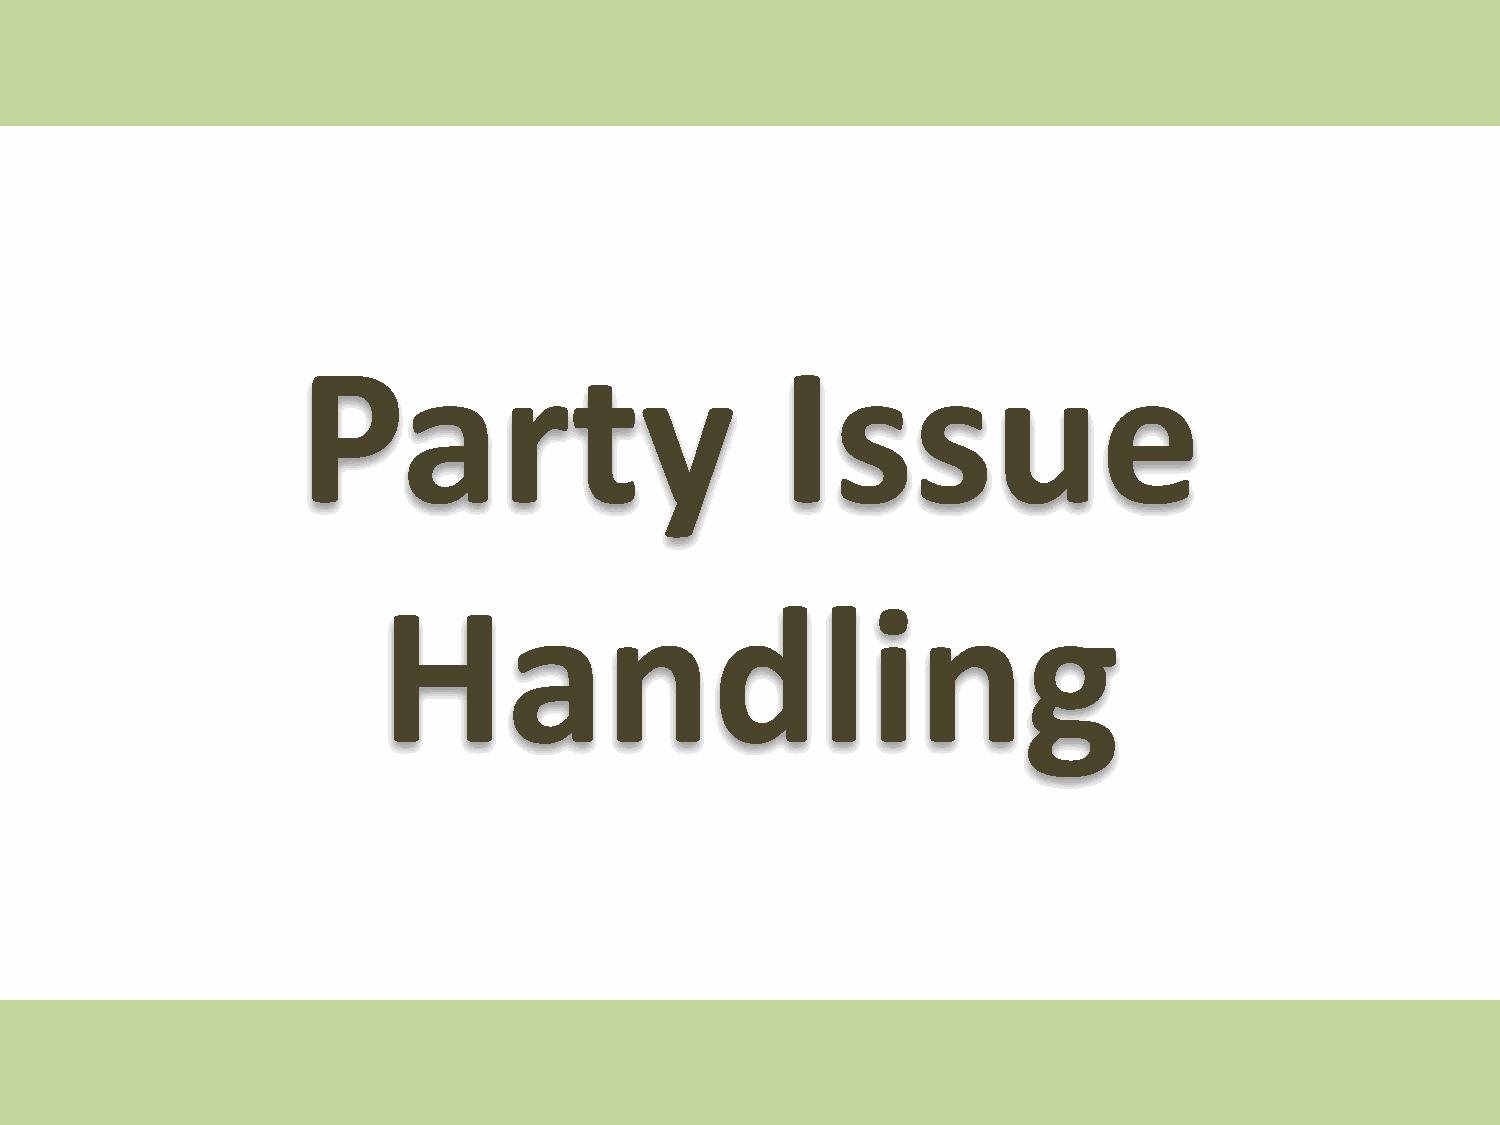
Party                           Issue
 Handling